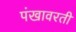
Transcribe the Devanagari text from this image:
पंखावरती